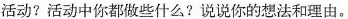
活动?活动中你都做些什么?说说你的想法和理由。